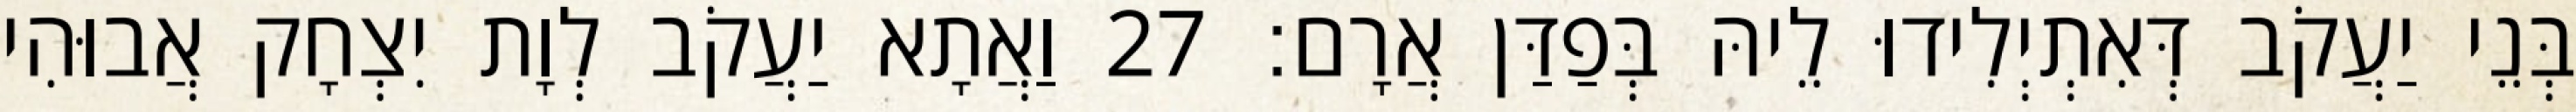
בְּנֵי יַעֲקֹב דְּאִתְיְלִידוּ לֵיהּ בְּפַדַּן אֲרָם׃ 27 וַאֲתָא יַעֲקֹב לְוָת יִצְחָק אֲבוּהִי